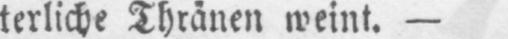
terliche Thränen weint. -